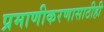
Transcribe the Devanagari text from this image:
प्रमाणीकरणासाठीही